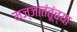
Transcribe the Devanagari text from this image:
मज्जातंतूंच्या